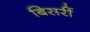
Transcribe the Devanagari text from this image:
बिसरीं